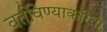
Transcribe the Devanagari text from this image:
वर्तविण्याकरिता